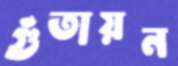
গুঁতায়ন